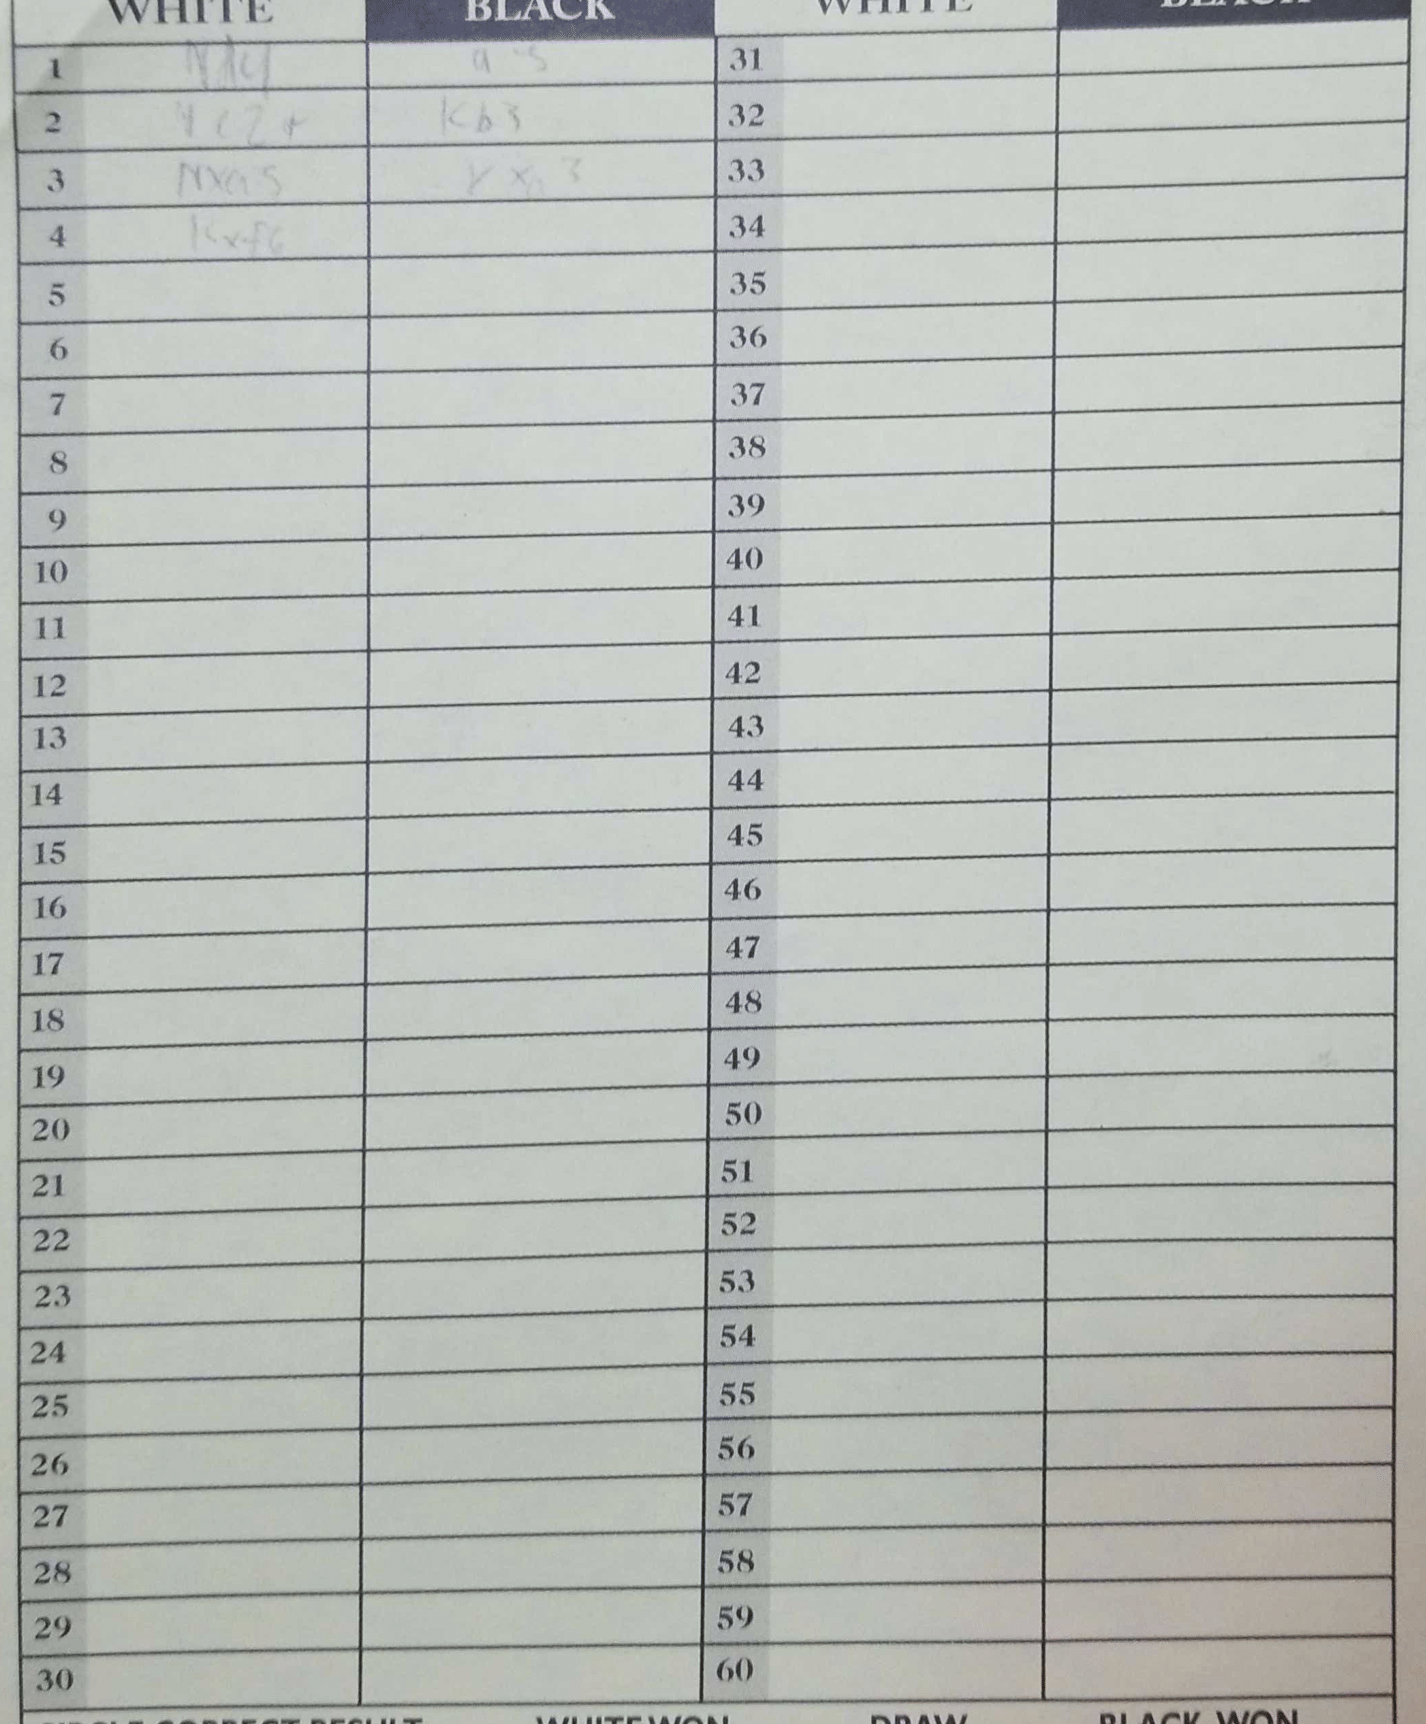
Moves: Nd4 a3 Nc2+ Kb3 Nxa3 Kxa3 Kxf6